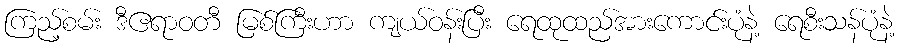
ကြည့်စမ်း ဒီဧရာဝတီ မြစ်ကြီးဟာ ကျယ်ဝန်းပြီး ရေထုထည်အားကောင်းပုံနဲ့ ရေစီးသန်ပုံနဲ့